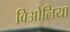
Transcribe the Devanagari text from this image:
विओलिया